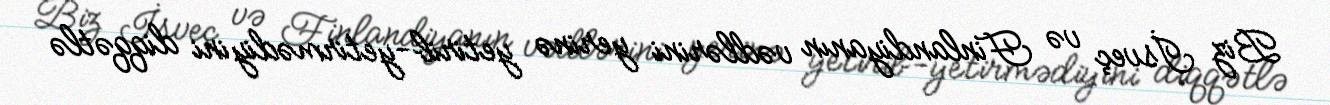
Biz İsveç və Finlandiyanın vədlərini yerinə yetirib-yetirmədiyini diqqətlə